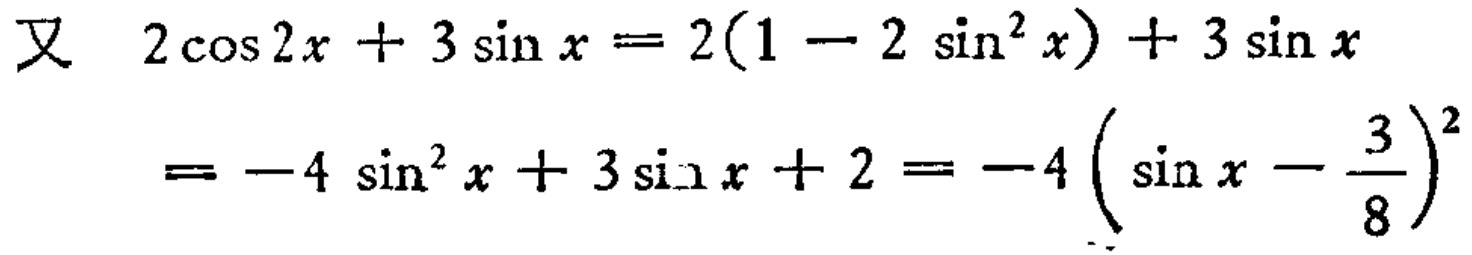
又 \(2\cos 2x + 3\sin x = 2(1 - 2\sin^{2}x)+ 3\sin x\)

\(= - 4\sin^{2}x + 3\sin x + 2=-4\left(\sin x - \frac{3}{8}\right)^{2}\)